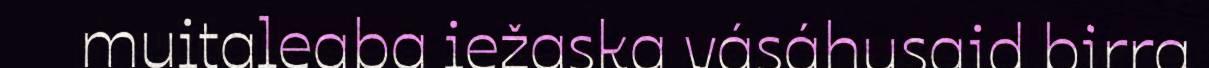
muitaleaba iežaska vásáhusaid birra